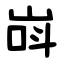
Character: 㟕